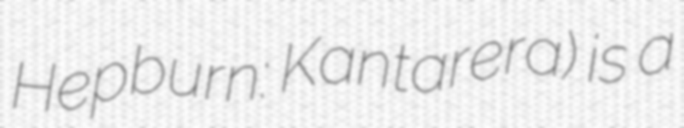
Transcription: Hepburn: Kantarera) is a